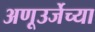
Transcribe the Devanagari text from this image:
अणूउर्जेच्या